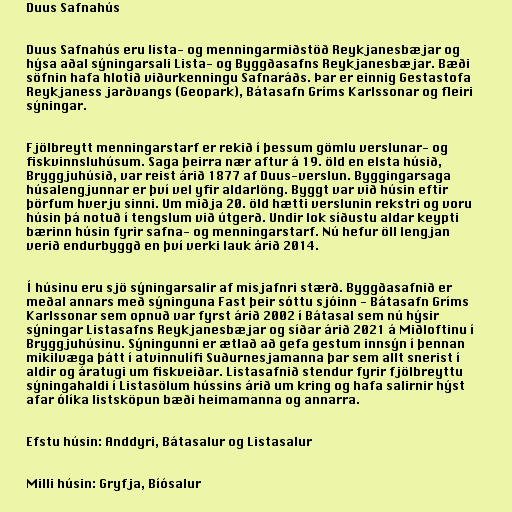
Duus Safnahús

Duus Safnahús eru lista- og menningarmiðstöð Reykjanesbæjar og
hýsa aðal sýningarsali Lista- og Byggðasafns Reykjanesbæjar. Bæði
söfnin hafa hlotið viðurkenningu Safnaráðs. Þar er einnig Gestastofa
Reykjaness jarðvangs (Geopark), Bátasafn Gríms Karlssonar og fleiri
sýningar.

Fjölbreytt menningarstarf er rekið í þessum gömlu verslunar- og
fiskvinnsluhúsum. Saga þeirra nær aftur á 19. öld en elsta húsið,
Bryggjuhúsið, var reist árið 1877 af Duus-verslun. Byggingarsaga
húsalengjunnar er því vel yfir aldarlöng. Byggt var við húsin eftir
þörfum hverju sinni. Um miðja 20. öld hætti verslunin rekstri og voru
húsin þá notuð í tengslum við útgerð. Undir lok síðustu aldar keypti
bærinn húsin fyrir safna- og menningarstarf. Nú hefur öll lengjan
verið endurbyggð en því verki lauk árið 2014.

Í húsinu eru sjö sýningarsalir af misjafnri stærð. Byggðasafnið er
meðal annars með sýninguna Fast þeir sóttu sjóinn - Bátasafn Gríms
Karlssonar sem opnuð var fyrst árið 2002 í Bátasal sem nú hýsir
sýningar Listasafns Reykjanesbæjar og síðar árið 2021 á Miðloftinu í
Bryggjuhúsinu. Sýningunni er ætlað að gefa gestum innsýn í þennan
mikilvæga þátt í atvinnulífi Suðurnesjamanna þar sem allt snerist í
aldir og áratugi um fiskveiðar. Listasafnið stendur fyrir fjölbreyttu
sýningahaldi í Listasölum hússins árið um kring og hafa salirnir hýst
afar ólíka listsköpun bæði heimamanna og annarra.

Efstu húsin: Anddyri, Bátasalur og Listasalur

Milli húsin: Gryfja, Bíósalur